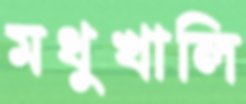
মধুখালি